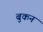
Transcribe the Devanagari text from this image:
बुकन